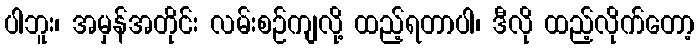
ပါဘူး၊ အမှန်အတိုင်း လမ်းစဉ်ကျလို့ ထည့်ရတာပါ၊ ဒီလို ထည့်လိုက်တော့